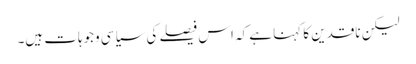
لیکن ناقدین کا کہنا ہے کہ اس فیصلے کی سیاسی وجوہات ہیں۔